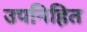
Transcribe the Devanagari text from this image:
उपनिहित